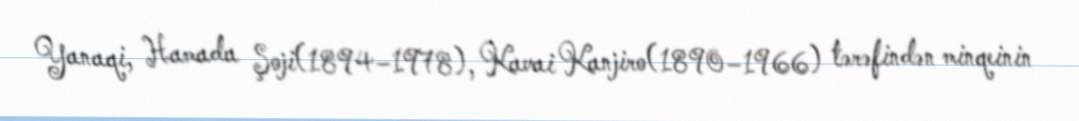
Yanaqi, Hamada Şoji(1894–1978), Kavai Kanjiro(1890–1966) tərəfindən minqeinin